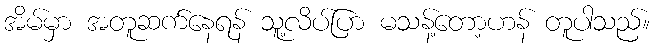
အိမ်မှာ အတူဆက်နေရန် သူ့လိပ်ပြာ မသန့်တော့ဟန် တူပါသည်။